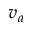
v _ { a }